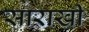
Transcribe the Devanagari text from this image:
साराखी